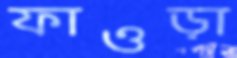
ফাওড়া